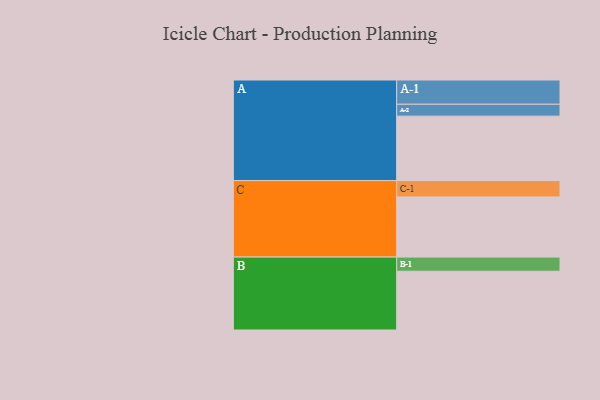
{"axis": {"x": "Segment", "y": "Value"}, "legend": ["", "A", "B", "C"], "data": [{"x": "A", "y": 515, "type": ""}, {"x": "B", "y": 470, "type": ""}, {"x": "C", "y": 481, "type": ""}, {"x": "A-1", "y": 194, "type": "A"}, {"x": "A-2", "y": 95, "type": "A"}, {"x": "B-1", "y": 113, "type": "B"}, {"x": "C-1", "y": 131, "type": "C"}]}